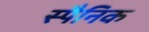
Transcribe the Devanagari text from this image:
स्पैनिक